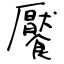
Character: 饜